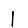
Digit: 1